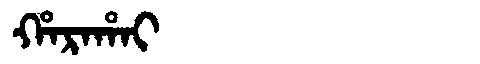
Manchu: ᡥᠠᡵᠠᡥᠠᡳ
Romanization: HARAHAI